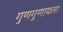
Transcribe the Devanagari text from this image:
गुणगुणायला